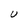
Character: U